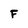
Character: F